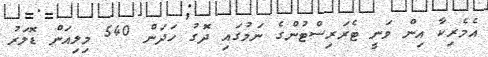
އެމެރިކާ އިން ވަނީ ޓެރަރިސްޓުންގެ ނަމުގައި ދޮގު ހަދަން 540 މިލިއަން ޑޮލަރު